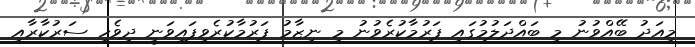
މިއަދު ބޭއްވުނު މި ބައްދަލުމުގައި ފަރުމާކުރެވުނު މި ނިޒާމު ފަރުމާކުރެވިފައިވަނީ ދިވެހި ސަރުކާރާއި